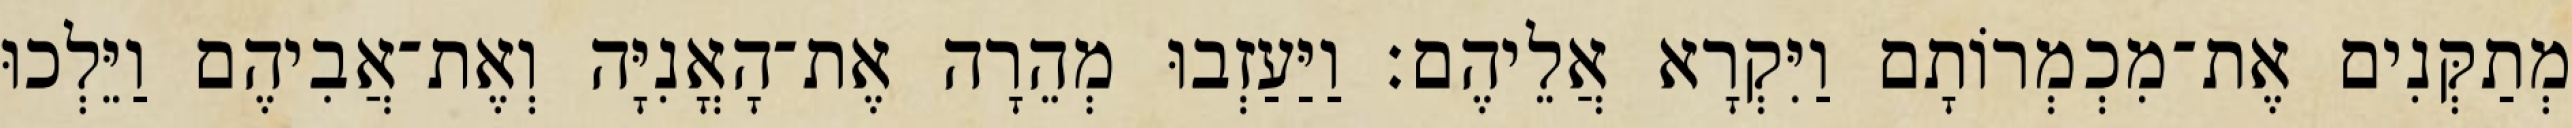
מְתַקְּנִים אֶת־מִכְמְרוֹתָם וַיִּקְרָא אֲלֵיהֶם׃ וַיַּעַזְבוּ מְהֵרָה אֶת־הָאֳנִיָּה וְאֶת־אֲבִיהֶם וַיֵּלְכוּ